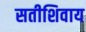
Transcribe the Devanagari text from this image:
सतीशिवाय